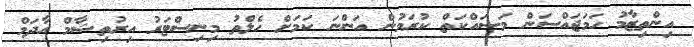
އިންތިޒާމު ހަމަޖައްސަން މަސައްކަތް ކުރަމުން އަންނަ ކަމަށް ހެލްތު މިނިސްޓަރު އިރުތިޝާމް އާދަމް